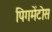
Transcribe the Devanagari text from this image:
पिगमेंटोस